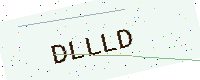
Text: DLLLD